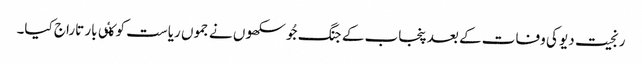
رنجیت دیو کی وفات کے بعد پنجاب کے جنگ جُو سکھوں نے جموں ریاست کو کٸی بار تاراج کیا۔